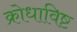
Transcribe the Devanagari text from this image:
क्रोधाविष्ट